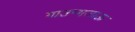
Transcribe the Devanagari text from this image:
गाउन्गजाऊ